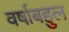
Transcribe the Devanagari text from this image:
वर्षाबहुल